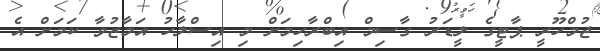
ޖުމްހޫރީ ޕާޓީގެ ލީޑަރު ގާސިމް އިބްރާހިމަށް މި އިސްލާހު އަމާޒުވާ ކަމަށް އެ